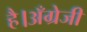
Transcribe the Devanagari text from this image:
है।अँग्रेजी